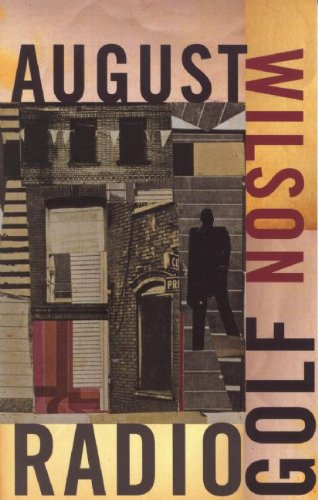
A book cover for Radio Golf; August Wilson; Literature & Fiction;